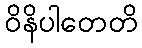
ဝိနိပါတေတိ